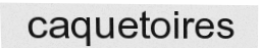
caquetoires